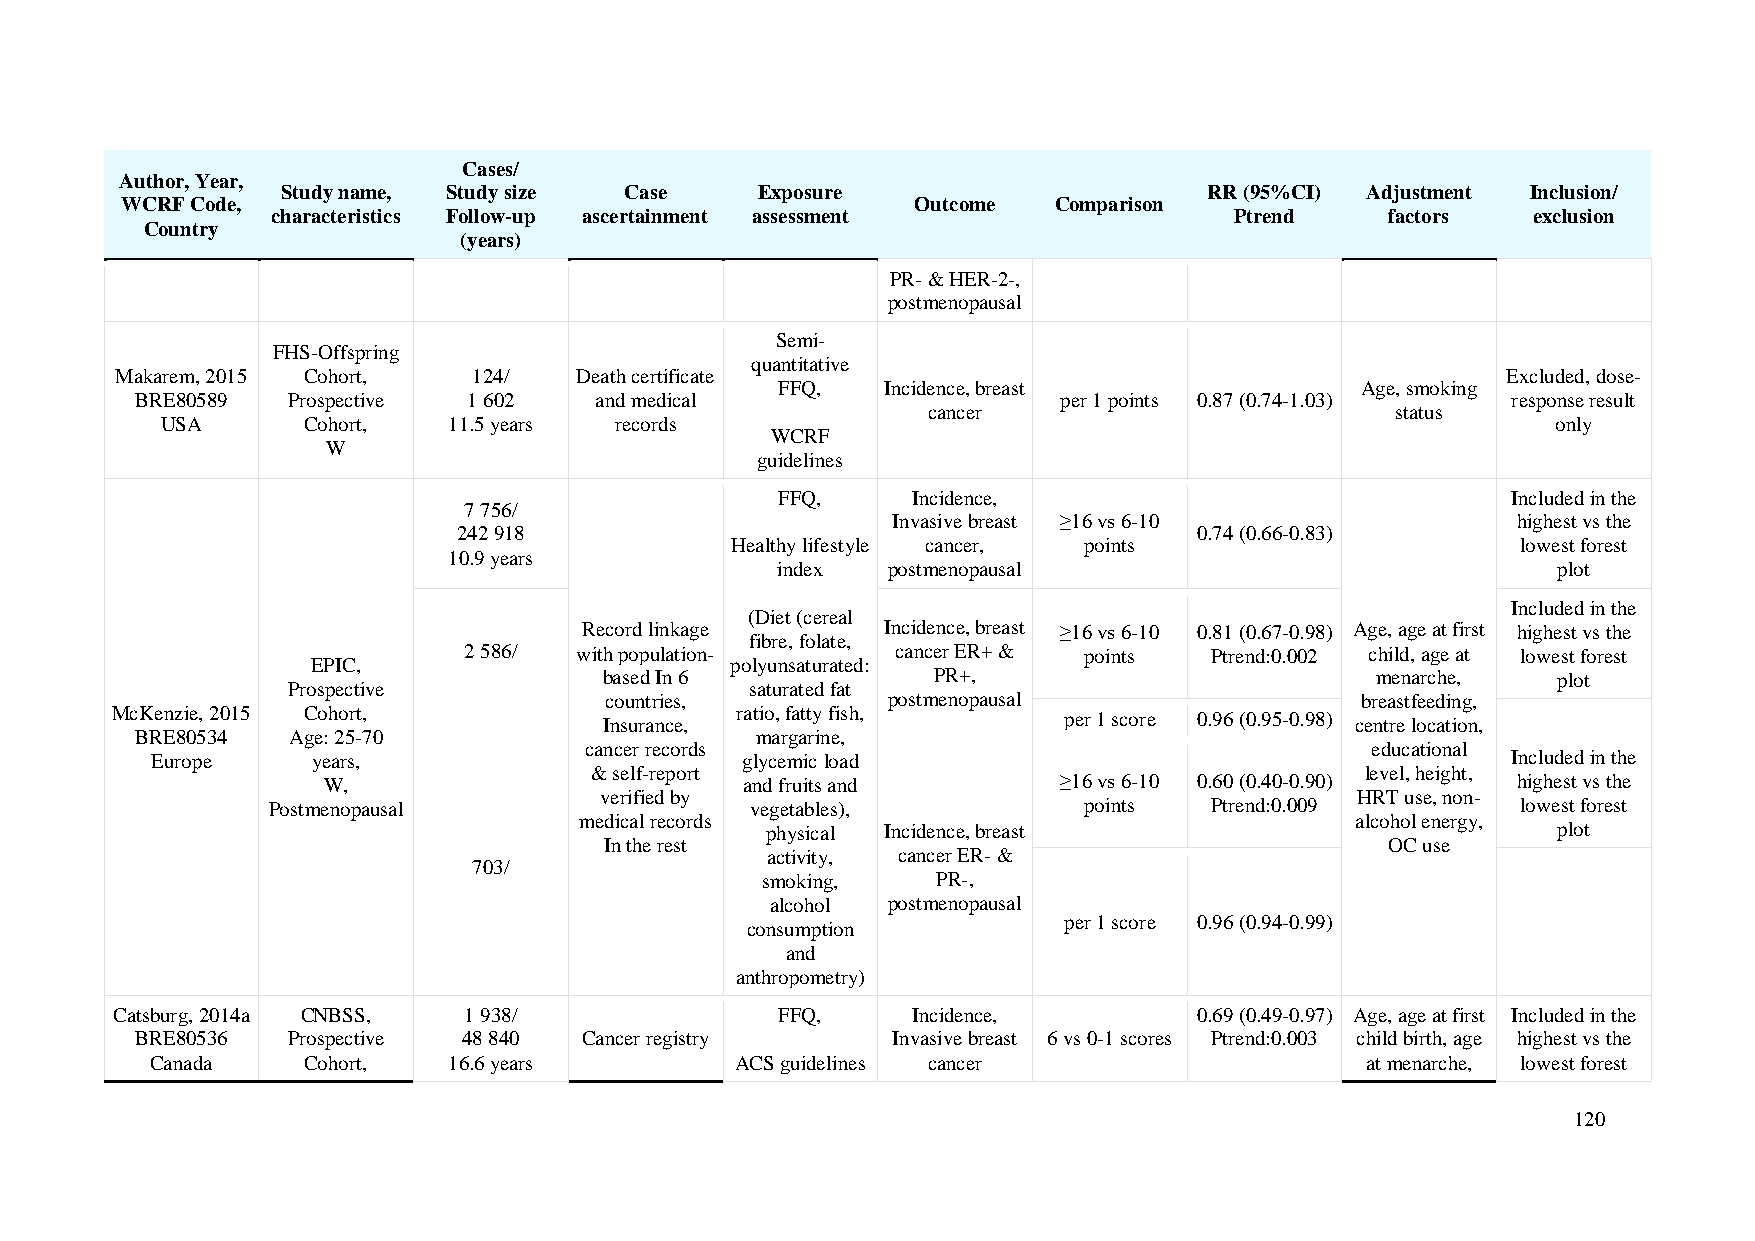
Cases/
 Author, Year,
 Study name, Study size Case    Exposure                      RR (95%CI) Adjustment Inclusion/
 WCRF Code,                                           Outcome  Comparison
 characteristics Follow-up ascertainment assessment              Ptrend    factors  exclusion
 Country
 (years)
 PR- & HER-2-,
 postmenopausal
 Semi-
 FHS-Offspring
 quantitative
 Makarem, 2015 Cohort,  124/   Death certificate                                             Excluded, dose-
 FFQ,   Incidence, breast              Age, smoking
 BRE80589  Prospective 1 602   and medical                    per 1 points 0.87 (0.74-1.03) response result
 cancer                         status
 USA      Cohort,   11.5 years records                                                       only
 WCRF
 W
 guidelines
 FFQ,    Incidence,                              Included in the
 7 756/
 Invasive breast ≥16 vs 6-10              highest vs the
 242 918                                          0.74 (0.66-0.83)
 Healthy lifestyle cancer, points                     lowest forest
 10.9 years
 index   postmenopausal                              plot
 Included in the
 (Diet (cereal
 Record linkage      Incidence, breast ≥16 vs 6-10 0.81 (0.67-0.98) Age, age at first highest vs the
 fibre, folate,
 2 586/ with population-     cancer ER+ & points  Ptrend:0.002 child, age at lowest forest
 EPIC,                      polyunsaturated:
 based In 6            PR+,                         menarche,   plot
 Prospective                    saturated fat
 countries,         postmenopausal                 breastfeeding,
 McKenzie, 2015 Cohort,                    ratio, fatty fish,   per 1 score 0.96 (0.95-0.98)
 Insurance,                                        centre location,
 BRE80534  Age: 25-70                     margarine,
 cancer records                                      educational
 Europe     years,                      glycemic load                                      Included in the
 & self-report                                      level, height,
 W,                          and fruits and       ≥16 vs 6-10 0.60 (0.40-0.90)  highest vs the
 verified by                                       HRT use, non-
 Postmenopausal                  vegetables),          points  Ptrend:0.009         lowest forest
 medical records                                     alcohol energy,
 physical Incidence, breast                          plot
 In the rest                                         OC use
 activity, cancer ER- &
 703/
 smoking,    PR-,
 alcohol postmenopausal
 per 1 score 0.96 (0.94-0.99)
 consumption
 and
 anthropometry)
 Catsburg, 2014a CNBSS,  1 938/               FFQ,    Incidence,         0.69 (0.49-0.97) Age, age at first Included in the
 BRE80536  Prospective 48 840 Cancer registry      Invasive breast 6 vs 0-1 scores Ptrend:0.003 child birth, age highest vs the
 Canada    Cohort,   16.6 years         ACS guidelines cancer                    at menarche, lowest forest
 120